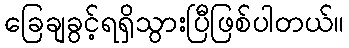
ခြေချခွင့်ရရှိသွားပြီဖြစ်ပါတယ်။